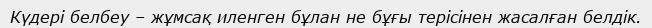
Күдері белбеу – жұмсақ иленген бұлан не бұғы терісінен жасалған белдік.